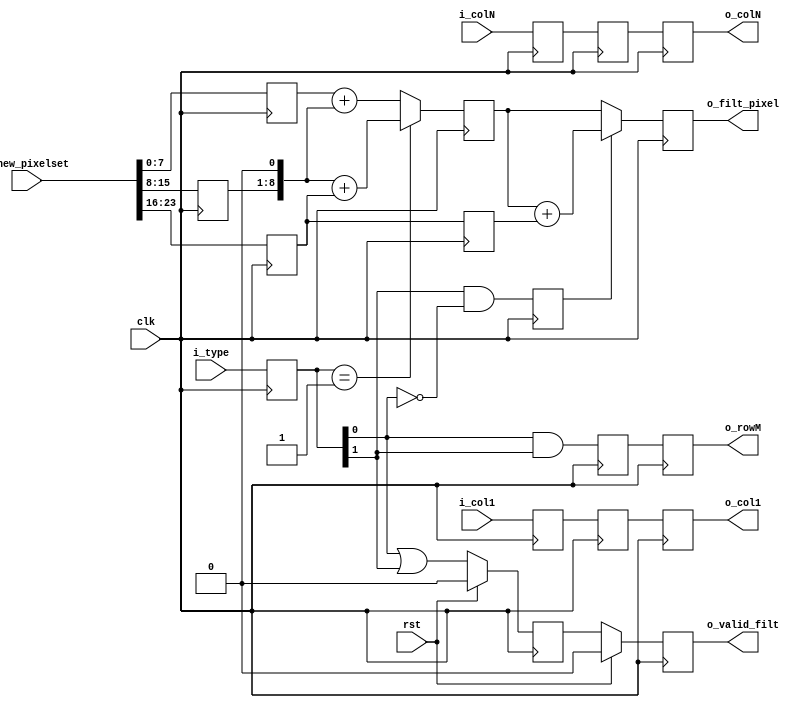
//
// Copyright (C) 2015 Project
// based on code by Edward Lin
// License: http://www.gnu.org/licenses/gpl.html GPL version 2 or higher
//

//compute yfilter. Top to bottom.
module yfilter(clk, rst, 
               i_new_pixelset,
               i_type, 
               i_col1,
               i_colN,
               o_valid_filt,
               o_filt_pixel,
               o_col1,
               o_colN,
               o_rowM
               );

parameter YB = 10;
parameter PB = 8;

input clk;
input rst;
input [3 * PB - 1:0] i_new_pixelset;

input [1:0] i_type;

input i_col1, i_colN;

output o_valid_filt;
output [(PB + 2) - 1:0] o_filt_pixel;
output o_col1;
output o_colN;
output o_rowM;

reg [PB - 1:0] r_new_pixelt = 0;
reg [PB - 1:0] r_new_pixelc = 0;
reg [PB - 1:0] r_new_pixelb = 0;

reg [1:0] r_vert_type = 0;
reg rr_valid_cpos = 0;
reg [PB - 1:0] rr_new_pixelb = 0;

reg r_valid_filt_pixel = 0;
reg [(PB + 2) - 1:0] r_filt_pixel = 0;
reg rr_valid_filt_pixel = 0;
reg [(PB + 2) - 1:0] rr_filt_pixel = 0;

reg r_col1 = 0, r_colN = 0;
reg rr_col1 = 0, rr_colN = 0;
reg rrr_col1 = 0, rrr_colN = 0;
reg rr_rowM = 0, rrr_rowM = 0;
assign o_valid_filt = rr_valid_filt_pixel;
assign o_filt_pixel = rr_filt_pixel;

assign o_col1 = rrr_col1;
assign o_colN = rrr_colN;
assign o_rowM = rrr_rowM;

always @(posedge clk)
begin
  //reads from BRAM in this cycle
  r_vert_type <= i_type;

  r_new_pixelt <= i_new_pixelset[PB - 1:0];
  r_new_pixelc <= i_new_pixelset[2 * PB - 1:PB];
  r_new_pixelb <= i_new_pixelset[3 * PB - 1:2 * PB];

  rr_valid_cpos <= r_vert_type[1] & ~r_vert_type[0];//2
  rr_new_pixelb <= r_new_pixelb;

  if (r_vert_type == 1)
    r_filt_pixel <= {r_new_pixelc, 1'd0} + r_new_pixelb;
  else
    r_filt_pixel <= r_new_pixelt + {r_new_pixelc, 1'd0};

  if (rr_valid_cpos)
    rr_filt_pixel <= r_filt_pixel + rr_new_pixelb;
  else
    rr_filt_pixel <= r_filt_pixel;

  if (rst)
  begin
    r_valid_filt_pixel <= 0;
    rr_valid_filt_pixel <= 0;
  end
  else
  begin
    r_valid_filt_pixel <= r_vert_type[0] | r_vert_type[1];
    rr_valid_filt_pixel <= r_valid_filt_pixel;
  end

  r_col1 <= i_col1;
  rr_col1 <= r_col1;
  rrr_col1 <= rr_col1;
  r_colN <= i_colN;
  rr_colN <= r_colN;
  rrr_colN <= rr_colN;

  rr_rowM <= r_vert_type[0] & r_vert_type[1];//bottom row is 3
  rrr_rowM <= rr_rowM;
end
endmodule